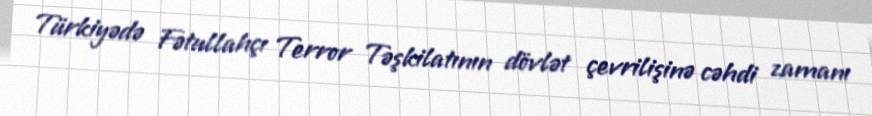
Türkiyədə Fətullahçı Terror Təşkilatının dövlət çevrilişinə cəhdi zamanı